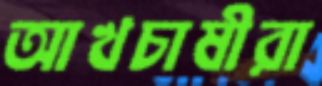
আখচাষীরা